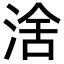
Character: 涻